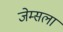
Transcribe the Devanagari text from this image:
जेम्सला